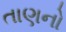
તાણનો